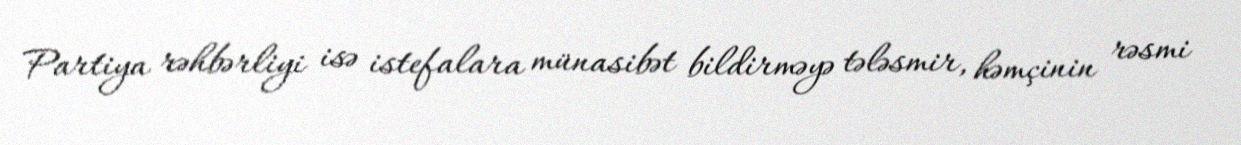
Partiya rəhbərliyi isə istefalara münasibət bildirməyə tələsmir, həmçinin rəsmi